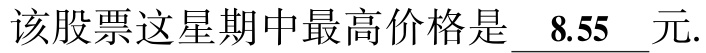
该股票这星期中最高价格是 \underline{ 8.55 }元.